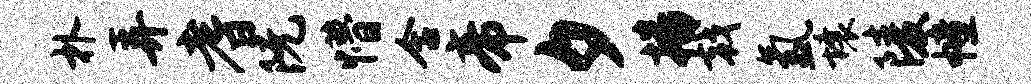
朴弄耆阮懵含帝夕播戟氲壤陵幢